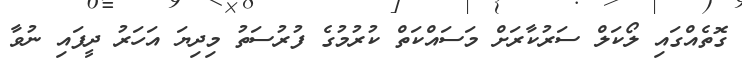
ގޮތެއްގައި ލޯކަލް ސަރުކާރަށް މަސައްކަތް ކުރުމުގެ ފުރުސަތު މިދިޔަ އަހަރު ދީފައި ނުވާ